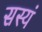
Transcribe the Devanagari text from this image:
सस्यं